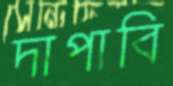
দাপাবি